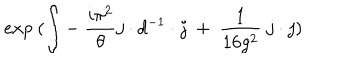
LaTeX: e x p ~ ( \int - ~ { \frac { i \pi ^ { 2 } } { \theta } } j \cdot d ^ { - 1 } \cdot j { } ~ + ~ { \frac { 1 } { 1 6 g ^ { 2 } } } ~ j \cdot j )